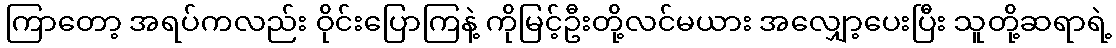
ကြာတော့ အရပ်ကလည်း ဝိုင်းပြောကြနဲ့ ကိုမြင့်ဦးတို့လင်မယား အလျှော့ပေးပြီး သူတို့ဆရာရဲ့